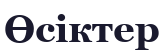
Өсіктер